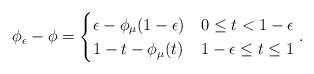
LaTeX: \begin{align*}\phi_{\epsilon}-\phi=\begin{cases}\epsilon-\phi_{\mu}(1-\epsilon) & 0\leq t<1-\epsilon\\1-t-\phi_{\mu}(t) & 1-\epsilon\leq t\leq1\end{cases}.\end{align*}